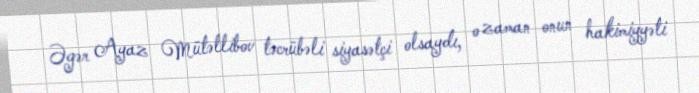
Əgər Ayaz Mütəllibov təcrübəli siyasətçi olsaydı, o zaman onun hakimiyyəti